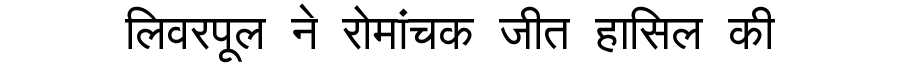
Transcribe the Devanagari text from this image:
लिवरपूल ने रोमांचक जीत हासिल की